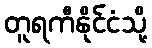
တူရကီနိုင်ငံသို့